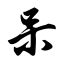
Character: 呆